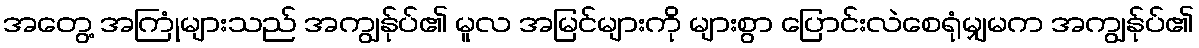
အတွေ့ အကြုံများသည် အကျွန်ုပ်၏ မူလ အမြင်များကို များစွာ ပြောင်းလဲစေရုံမျှမက အကျွန်ုပ်၏